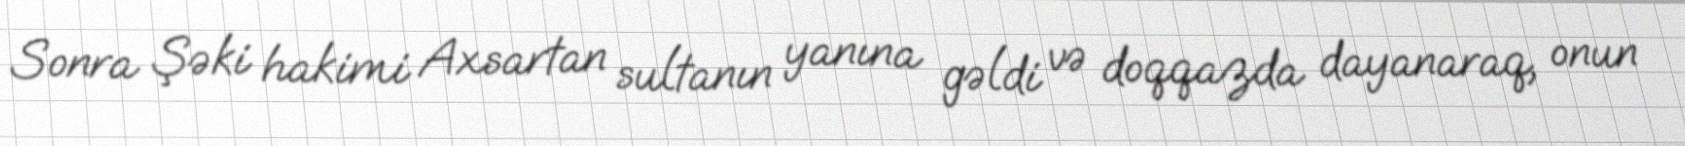
Sonra Şəki hakimi Axsartan sultanın yanına gəldi və doqqazda dayanaraq, onun